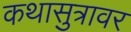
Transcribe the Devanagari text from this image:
कथासुत्रावर